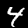
Digit: 4